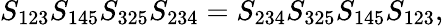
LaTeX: S_{123}S_{145}S_{325}S_{234}=S_{234}S_{325}S_{145}S_{123},